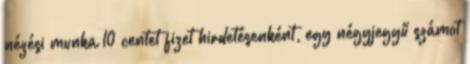
nézési munka 10 centet fizet hirdetésenként, egy négyjegyű számot